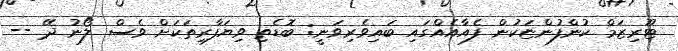
ޓޫރިޒަމް ކުންފުންޏަކުން ފެއާއެއްގައި ބައިވެރިވަނީ: ބޮޑެތި ވިޔަފާރިތަކަށް ވެސް ލޯނު ދޭ --